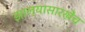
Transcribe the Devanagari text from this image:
झाल्यासारखेंच